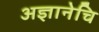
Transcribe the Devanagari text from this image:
अज्ञानेचि